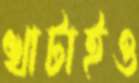
খাটাইও